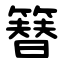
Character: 簮